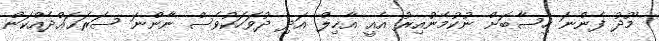
މޫދު ފެންނަ ހިސާބަށް ނުކުމެނުއިރު އެއީ އާޚިލް އަދި ދުވަހަކުވެސް ނާންނަ ސަރަޙައްދެއްކަން